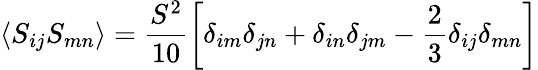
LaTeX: \langle S_{ij}S_{mn}\rangle=\frac{S^{2}}{10}\left[\delta_{im}\delta_{jn}+\delta_{in}\delta_{jm}-\frac{2}{3}\delta_{ij}\delta_{mn}\right]